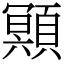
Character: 䫤